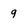
Character: 9